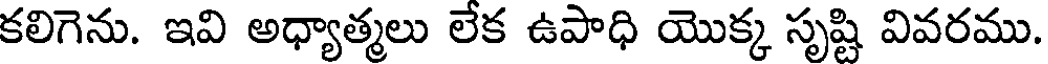
కలిగెను. ఇవి అధ్యాత్మలు లేక ఉపాధి యొక్క సృష్టి వివరము.